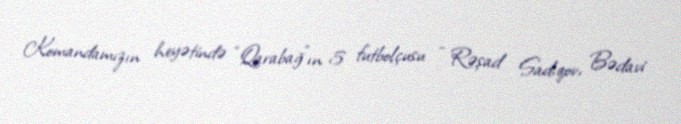
Komandamızın heyətində “Qarabağ”ın 5 futbolçusu - Rəşad Sadıqov, Bədavi